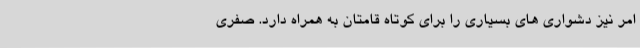
امر نیز دشواری های بسیاری را برای کوتاه قامتان به همراه دارد. صفری